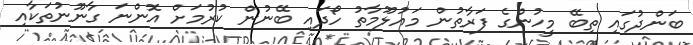
ބަންދުގައި ތިބޭ މީހުންގެ ފަރާތުން މައުލޫމާތު ހޯދައި ބޭނުން ކުރުމަށް އޮންނަ ގާނޫނުތަކާއި